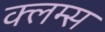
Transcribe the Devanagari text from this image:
क्लम्स